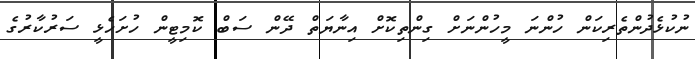
ނުކުޅެދުންތެރިކަން ހުންނަ މީހުންނަށް ގިންތިކޮށް އިނާޔަތް ދޭން ސަބް ކޮމިޓީން ހުށަހެޅީ ސަރުކާރުގެ